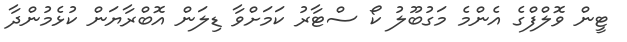
ޓީން ވޮލްފްގެ އެންމެ މަގުބޫލު ކޯ ސްޓާރު ކަަަމަށްވާ ޑިލަން އޮބްރާޔަން ކުޅެމުންދާ